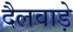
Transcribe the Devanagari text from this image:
दैलवाड़े